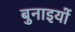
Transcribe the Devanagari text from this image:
बुनाइयों